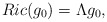
\begin{align*} Ric(g_{0})=\Lambda g_{0},\end{align*}